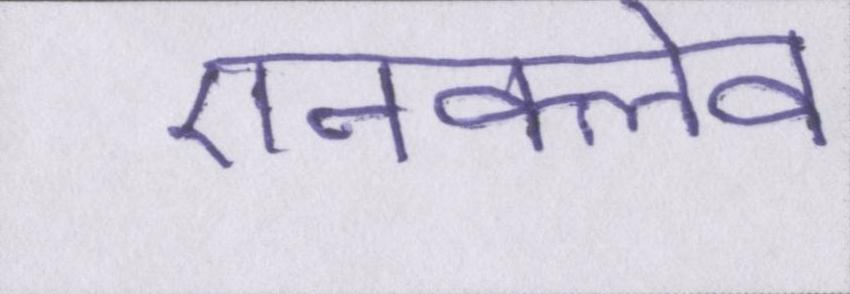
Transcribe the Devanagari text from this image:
एनक्लेव